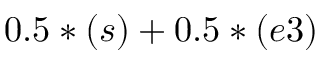
0 . 5 * ( s ) + 0 . 5 * ( e 3 )